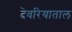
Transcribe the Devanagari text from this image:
देवरियाताल